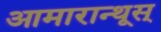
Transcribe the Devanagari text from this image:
आमारान्थूस्